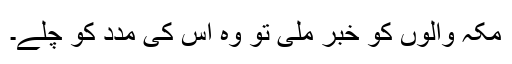
مکہ والوں کو خبر ملی تو وہ اس کی مدد کو چلے۔